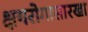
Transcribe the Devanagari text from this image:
क्षयरोगासारखा